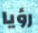
رؤيا